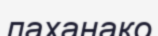
лаханако